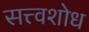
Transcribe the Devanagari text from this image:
सत्त्वशोध